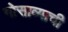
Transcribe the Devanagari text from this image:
गोसाव्याची